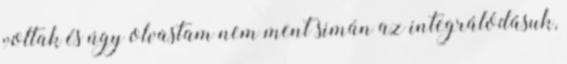
voltak és úgy olvastam nem ment simán az integrálódásuk,